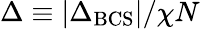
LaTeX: \Delta\equiv|\Delta_{\mathrm{BCS}}|/\chi N